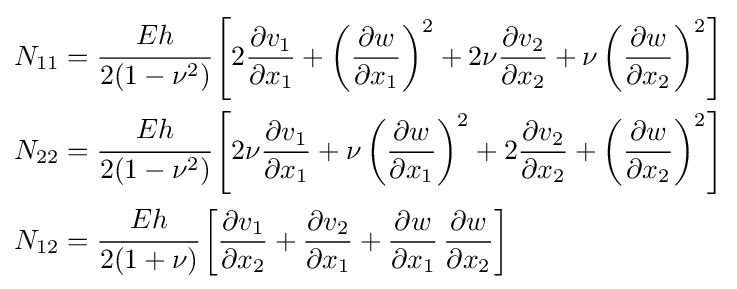
{\begin{aligned}N_{11}&={\cfrac {Eh}{2(1-\nu ^{2})}}\left[2{\frac {\partial v_{1}}{\partial x_{1}}}+\left({\frac {\partial w}{\partial x_{1}}}\right)^{2}+2\nu {\frac {\partial v_{2}}{\partial x_{2}}}+\nu \left({\frac {\partial w}{\partial x_{2}}}\right)^{2}\right]\\N_{22}&={\cfrac {Eh}{2(1-\nu ^{2})}}\left[2\nu {\frac {\partial v_{1}}{\partial x_{1}}}+\nu \left({\frac {\partial w}{\partial x_{1}}}\right)^{2}+2{\frac {\partial v_{2}}{\partial x_{2}}}+\left({\frac {\partial w}{\partial x_{2}}}\right)^{2}\right]\\N_{12}&={\cfrac {Eh}{2(1+\nu )}}\left[{\frac {\partial v_{1}}{\partial x_{2}}}+{\frac {\partial v_{2}}{\partial x_{1}}}+{\frac {\partial w}{\partial x_{1}}}\,{\frac {\partial w}{\partial x_{2}}}\right]\end{aligned}}